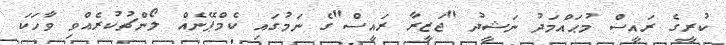
ކުރީގެ ރައީސް މުޙައްމަދު ނަޝީދު "ޖަޒީރާ ރައީސް"ގެ ނަމުގައި ކެމްޕޭނެއް ލޯންޗުކުރެއްވި ވާހަކަ